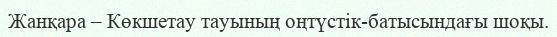
Жанқара – Көкшетау тауының оңтүстік-батысындағы шоқы.